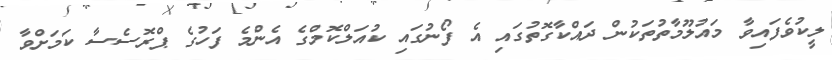
ލީކުވެފައިވާ މައުލޫމާތުތަކުން ދައްކާގޮތުގައި އެ ފޯނުގައި ކުއަލްކޮމްގެ އެންމެ ފަހުުގެ ޕްރޮސެސާ ކަމަށްވާ